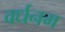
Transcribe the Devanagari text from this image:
वर्धनम